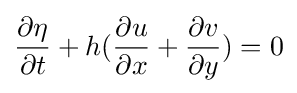
{\frac {\partial \eta }{\partial t}}+h({\frac {\partial u}{\partial x}}+{\frac {\partial v}{\partial y}})=0